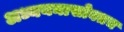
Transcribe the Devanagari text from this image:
अध्ययनासोबतच